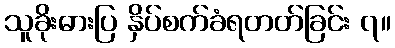
သူခိုးဓားပြ နှိပ်စက်ခံရတတ်ခြင်း ၇။